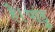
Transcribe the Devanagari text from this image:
है।पांडु